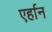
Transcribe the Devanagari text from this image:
एर्हान